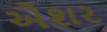
ઐશર